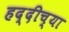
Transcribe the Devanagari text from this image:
हद्दीच्या